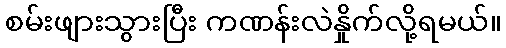
စမ်းဖျားသွားပြီး ကဏန်းလဲနှိုက်လို့ရမယ်။